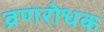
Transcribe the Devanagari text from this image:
व्रणरोधक